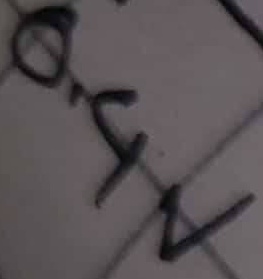
Text: 0.4V